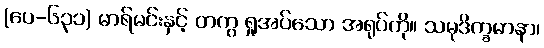
(ပေ-၆၃၁) မာရ်မင်းနှင့် တကွ ရှုအပ်သော အရုပ်ကို။ သမုဒိက္ခမာနာ၊